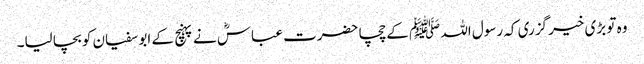
وہ تو بڑی خیر گزری کہ رسول اللہ ﷺ کے چچا حضرت عباسؓ نے پہنچ کے ابو سفیان کو بچا لیا۔